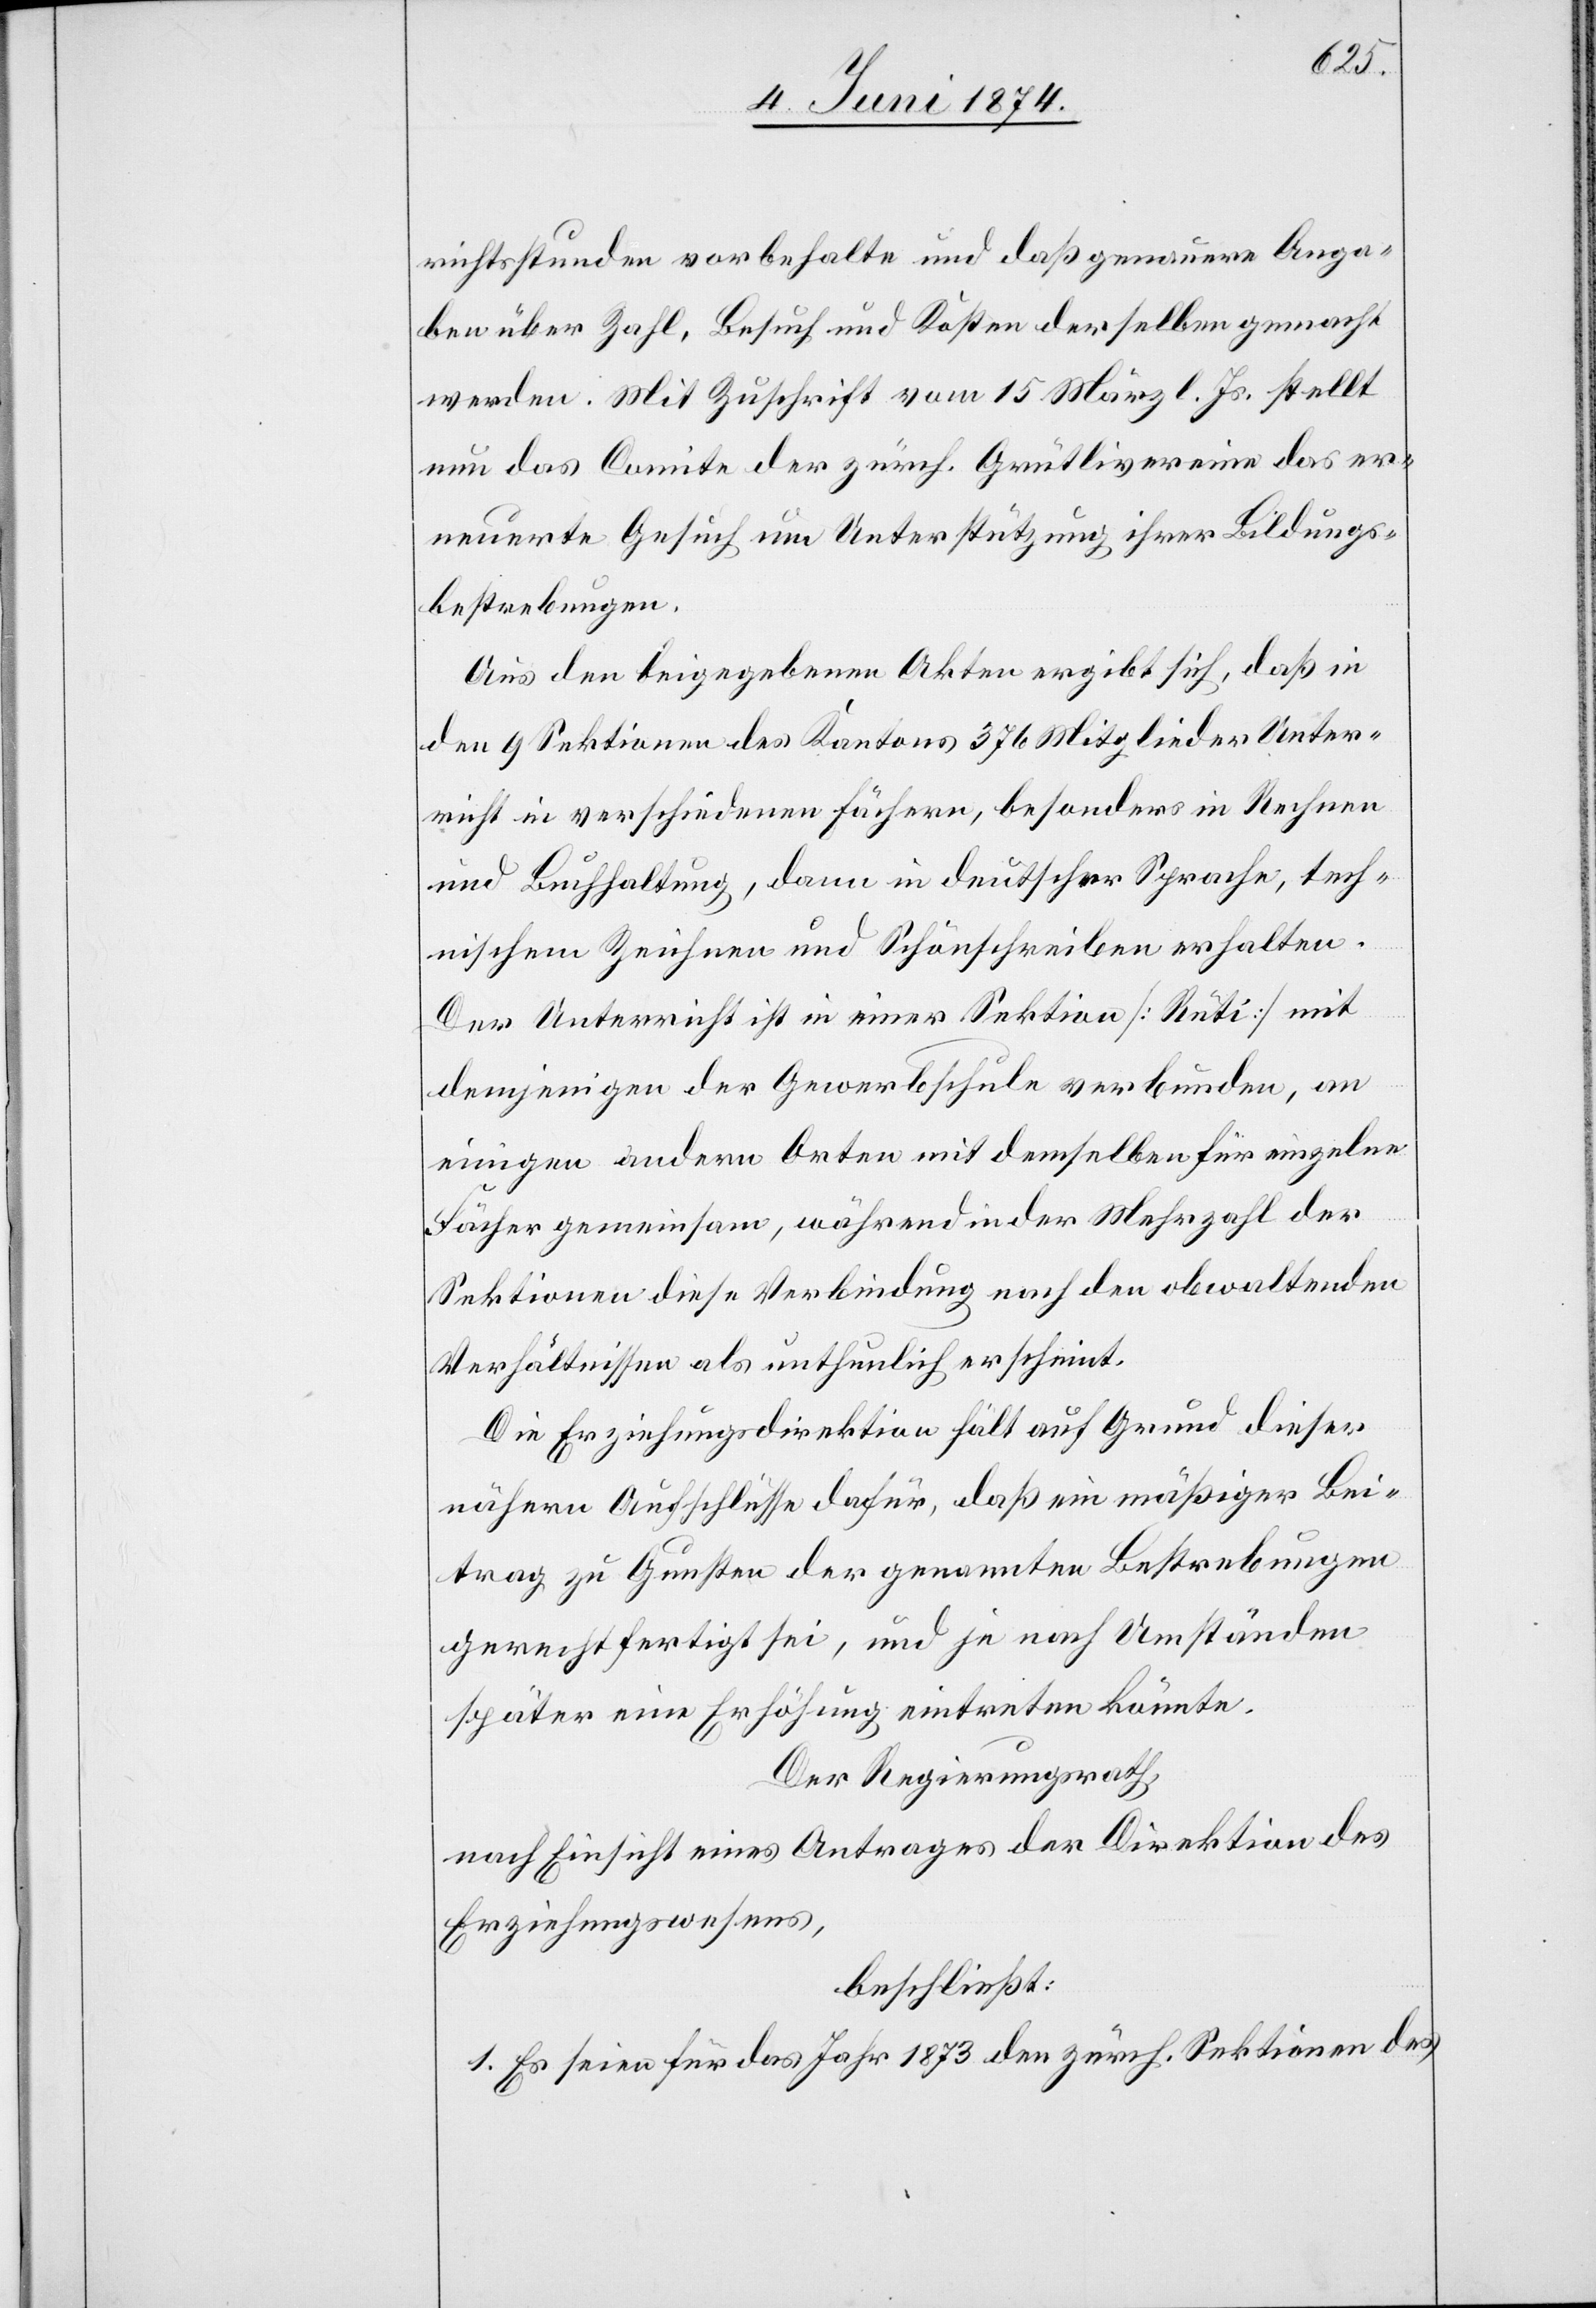
richtsstunden vorbehalte, und daß genauere Anga¬
ben über Zahl, Besuch und Kosten derselben gemacht
werden. Mit Zuschrift vom 15. März l. Js. stellt
nun das Comite der zürch. Grütlivereine das er¬
neuerte Gesuch um Unterstützung ihrer Bildungs¬
bestrebungen.
Aus den beigegebenen Akten ergibt sich, daß in
den 9 Sektionen des Kantons 376 Mitglieder Unter¬
richt in verschiedenen Fächern, besonders in Rechnen
und Buchhaltung, dann in deutscher Sprache, tech¬
nischem Zeichnen und Schönschreiben erhalten.
Der Unterricht ist in einer Sektion [Rüti] mit
demjenigen der Gewerbschule verbunden, an
einigen andern Orten mit demselben für einzelne
Fächer gemeinsam, während in der Mehrzahl der
Sektionen diese Verbindung nach den obwaltenden
Verhältnissen als unthunlich erscheint.
Die Erziehungsdirektion hält auf Grund dieser
nähern Aufschlüsse dafür, daß ein mäßiger Bei¬
trag zu Gunsten der genannten Bestrebungen
gerechtfertigt sei, und je nach Umständen
später eine Erhöhung eintreten könnte.
Der Regierungsrath,
nach Einsicht eines Antrages der Direktion des
Erziehungswesens,
beschließt:
1. Es seien für das Jahr 1873 den zürch. Sektionen des